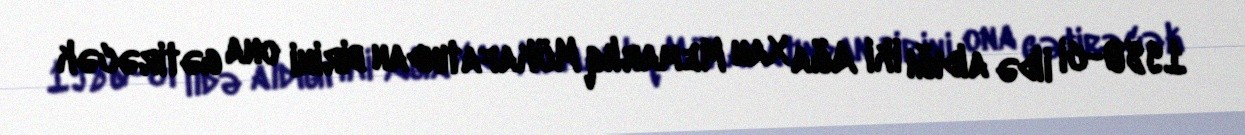
1980-ci ildə aldığı iki Ağa Xan Memarlıq Mükafatından birini ona gətirəcək